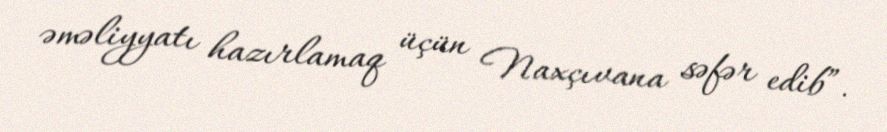
əməliyyatı hazırlamaq üçün Naxçıvana səfər edib”.